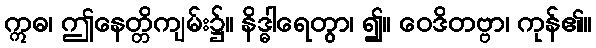
ဣဓ၊ ဤနေတ္တိကျမ်း၌။ နိဒ္ဓါရေတွာ၊ ၍။ ဝေဒိတဗ္ဗာ၊ ကုန်၏။